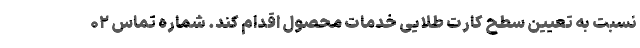
نسبت به تعیین سطح کارت طلایی خدمات محصول اقدام کند. شماره تماس ۰۲